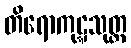
တိရောကုဋ္ဋသုတ္တ